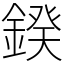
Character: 鍨